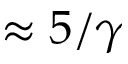
\approx 5 / \gamma